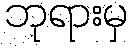
ဘုရားမှ